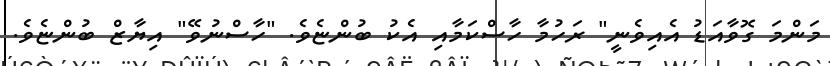
މަންމަ ގޮވާއަޑު އެއިވެނީ" ރަހުމާ ހާސްކަމާއި އެކު ބުންޏެވެ. "ހާސްނުވޭ" އިޔާޒް ބުންޏެވެ.